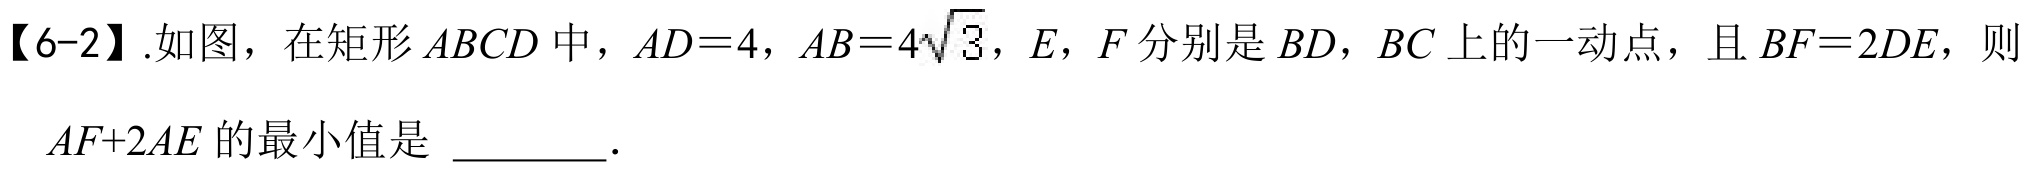
【6-2】.如图，在矩形\(ABCD\)中，\(AD = 4\)，\(AB = 4\sqrt{3}\)，\(E\)，\(F\)分别是\(BD\)，\(BC\)上的一动点，且\(BF = 2DE\)，则
\(AF + 2AE\)的最小值是 \_\_\_\_\_ ．